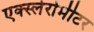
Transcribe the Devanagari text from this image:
एक्स्लेरोमीटर